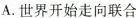
A.世界开始走向联合